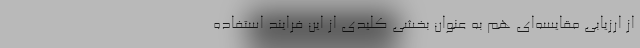
از ارزیابی مقایسه‌ای هم به عنوان بخشی کلیدی از این فرایند استفاده